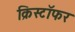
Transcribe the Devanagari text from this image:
क्रिस्टॉफर